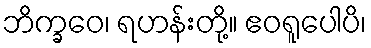
ဘိက္ခဝေ၊ ရဟန်းတို့။ ဧဝရူပေါပိ၊